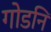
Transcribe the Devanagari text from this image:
गोडनि